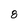
Character: 8